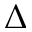
\Delta